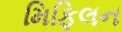
મિફિલન